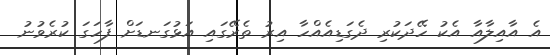
އެ އާއިލާއާ އެކު ހޭދަކުރި ދެގަޑިއެއްހާ އިރު ތެރޭގައި އަޅުގަނޑަށް ފާހަގަ ކުރެވުނު